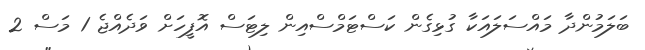
ބަލަމުންދާ މައްސަލައަކާ ގުޅިގެން ކަސްޓަމްސްއިން ލިޓަސް އޮފީހަށް ވަދެއްޖެ 1 މަސް 2